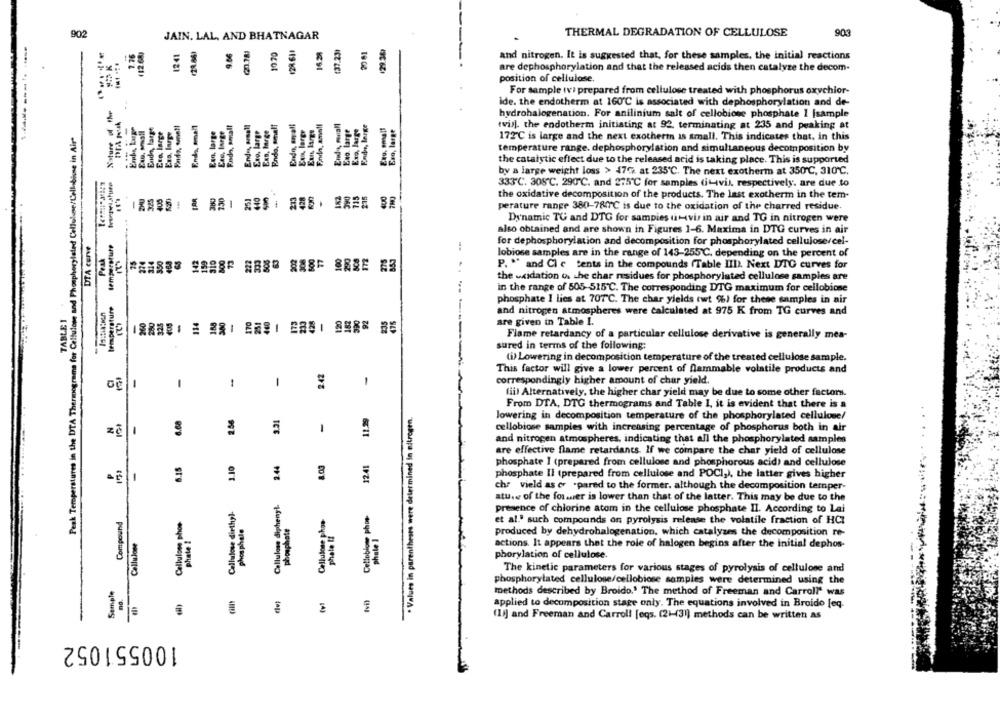
902
JAIN. LAL, AND BHATNAGAR
THERMAL DEGRADATION OF CELLULOSE
903
(21.86)
(0.181
128.611
14.31
(37.23)
129.36)
12.68
1241
9.86
10.70
20 01
and nitrogen. It is suggested that, for these samples, the initial reactions
are dephosphorylation and that the released acids then catalyze the decom-
position of cellulose.
For sample iv: prepared from cellulose treated with phosphorus oxychior-
..
ide. the endotherm at 160'℃ is associated with dephosphorylation and de-
hydrohalogenation. For anilinium salt of cellobione phosphate 1 [sample
Ende, large
Era, large
Finda, smell
Endo, small
Ene, large
Fnsdo, small
Endes, armall
Exp. large
Exo, large
Endo, small
Endo, anyalt
Eux largr
Exo large
Exo, large
Endo, large
Exo, large
Peak Temperatures in the DTA Thermograms for Cellulose and Phosphorylated Cellulose/Cellsbise in Air*
Exs, large
Exo. large
tvis). the endotherm initiating at 92, terminating at 235 and peaking at
172℃ is large and the next exotherm is small. This indicates that, in this
temperature range. dephosphorylation and simultaneous decomposition by
the catalytic effect due to the released acid is taking place. This is supported
by a large weight loss >> 479 at 235℃. The next exotherm at 350 ℃, 310℃.
----
230
251
440
213
428
290
715
400
333℃. 308 ℃. 290℃. and 275 ℃ for samples (itvil, respectively, are due to
405
-
the oxidative decomposition of the products. The last exotherm in the tem-
perature range 380-780℃ is due to the oxidation of the charred residue.
Dynamic TG and DTG for sampies ( Hvis in air and TG in nitrogen were
also obtained and are shown in Figures 1-6. Maxima in DTG curves in air
DTA curve
temperature
for dephosphorylation and decomposition for phosphorylated cellulose/cel-
Peak
350
142
222
202
308
500
77
100
290
lobiose samples are in the range of 143-255℃. depending on the percent of
P. " and Cl e Cents in the compounds (Table III). Next DTO curves for
the uxidation os the char residues for phosphorylated cellulose samples are
in the range of 505-515 ℃. The corresponding DTG maximum for cellobiose
temperature
phosphate I lies at 707"℃. The char yields twt 9%) for these samples in air
TABLE 1
and nitrogen atmospheres were calculated at 975 K from TG curves and
are given in Table I.
Flame retardancy of a particular cellulose derivative is generally mea-
sured in terms of the following:
(i) Lowering in decomposition temperature of the treated cellulose sample.
2.42
-
-
This factor will give a lower percent of flammable volatile products and
1
correspondingly higher amount of char yield.
1
1
fiil Alternatively, the higher char yield may be due to some other factorss.
......
11.29
From DTA, DTG thermograms and Table I, it is evident that there is a
6.68
2.56
3.31
. Values in parentheses were determined in nitrogen.
lowering in decomposition temperature of the phosphorylated cellulose/
-
1
cellobiose samples with increasing percentage of phosphorus both in air
and nitrogen atmospheres, indicating that all the phosphorylated samples
are effective flame retardants. If we compare the char yield of cellulose
6.15
1.10
2.44
8.03
12.41
150
-
phosphate I (prepared from cellulose and phosphorous acid) and cellulose
phosphate Il (prepared from cellulose and POCI,), the latter gives higher
che vield as er .pared to the former. although the decomposition ternper-
ature of the former is lower than that of the latter. This may be due to the
Cellulose diphenyl
Cellulose diethyl-
Cellobiose phos
presence of chlorine atom in the cellulose phosphate II. According to Lai
Compound
Cellulose phos-
Cellulose phoo-
phosphate
phosphate
et al." such compounds on pyrolysis release the volatile fraction of HCI
phate 2
phate !!
phate 1
produced by dehydrohalogenation, which catalyzes the decomposition re-
Cellulose
actions. It appears that the role of halogen begins after the initial dephos-
phorylation of cellulose.
The kinetic parameters for various stages of pyrolysis of cellulose and
-
phosphorylated cellulose/cellobiose samples were determined using the
Sample
no.
(vi)
methods described by Broido.' The method of Freeman and Carrolle was
applied to decomposition stage only. The equations involved in Broido [eq.
(1)] and Freeman and Carroll [eqs. (2)-(31) methods can be written as
100551052